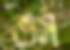
ভর্ম